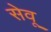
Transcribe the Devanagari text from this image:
सेवू